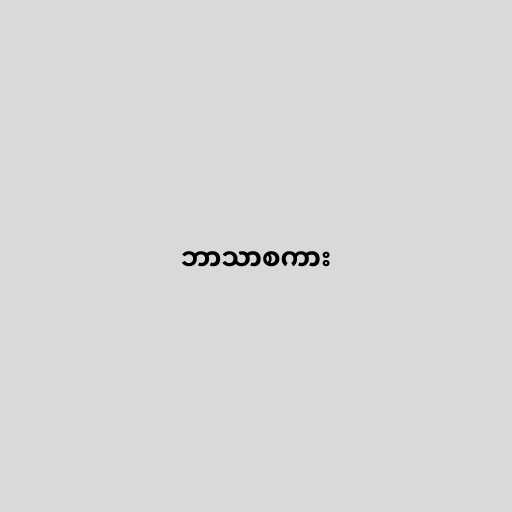
ဘာသာစကား